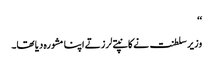
‘‘
وزیر سلطنت نے کانپتے لرزتے اپنا مشورہ دیا تھا۔